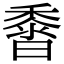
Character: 𪏰